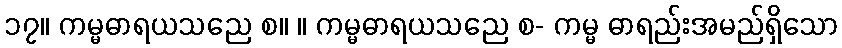
၁၇။ ကမ္မဓာရယသညေ စ။ ။ ကမ္မဓာရယသညေ စ- ကမ္မ ဓာရည်းအမည်ရှိသော